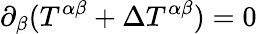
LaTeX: \partial_{\beta}(T^{\alpha\beta}+\Delta T^{\alpha\beta})=0